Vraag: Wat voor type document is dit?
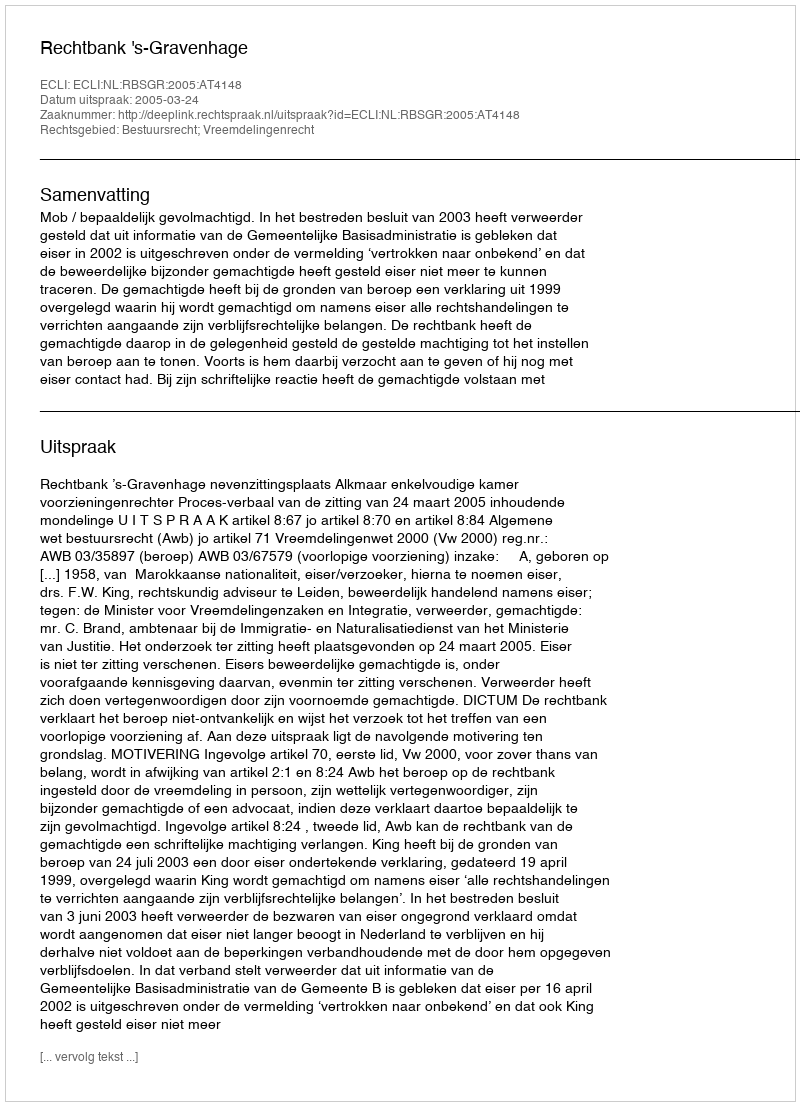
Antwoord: Uitspraak